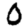
Digit: 0